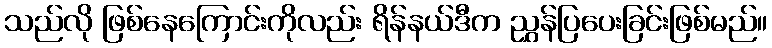
သည်လို ဖြစ်နေကြောင်းကိုလည်း ရိန်နယ်ဒီက ညွှန်ပြပေးခြင်းဖြစ်မည်။